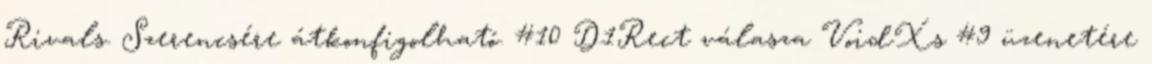
Rivals. Szerencsére átkonfigolható. #10 D1Rect válasza VoidXs #9 üzenetére